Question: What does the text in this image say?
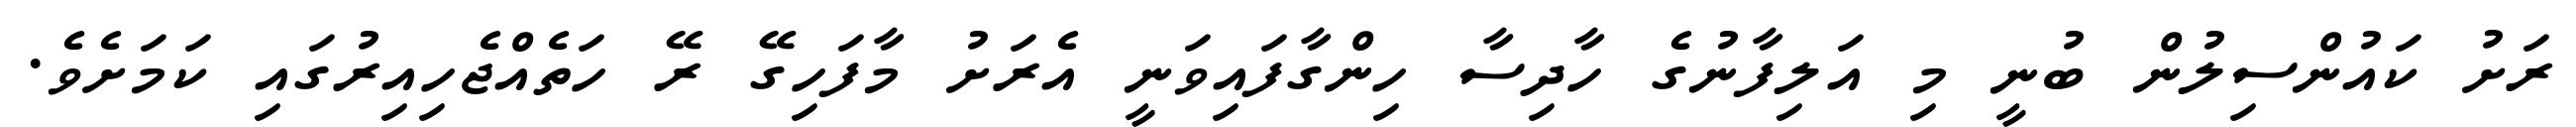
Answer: ރަށު ކައުންސިލުން ބުނީ މި އަލިފާނުގެ ހާދިސާ ހިންގާފައިވަނީ އެރަށު މާފަހިގޭ ރޭ ހަތެއްޖެހިއިރުގައި ކަމަށެވެ.